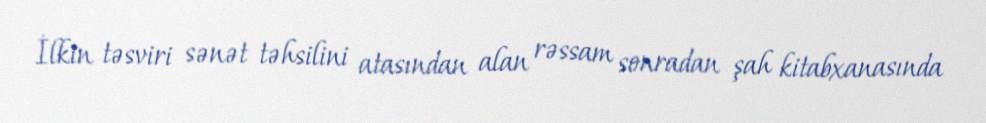
İlkin təsviri sənət təhsilini atasından alan rəssam sonradan şah kitabxanasında